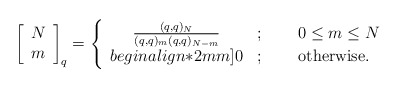
\begin{align*}\;\;\;\left[ \begin{array}{c}N \\ m\end{array} \right]_q= \left\{ \begin{array}{cll}\frac{(q,q)_N}{(q,q)_m(q,q)_{N-m}} & ; & \;\;\;\;\;0\leq m\leq N \\begin{align*}2mm]0 & ; & \;\;\;\;\;\mbox{otherwise.}\end{array} \right.\end{align*}